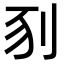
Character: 𠛖